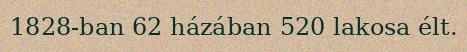
1828-ban 62 házában 520 lakosa élt.